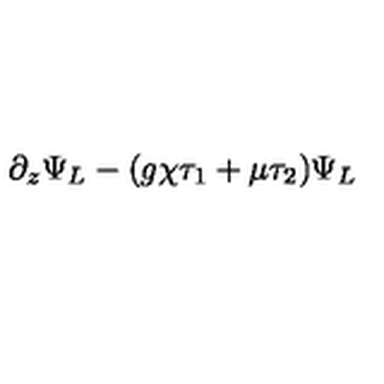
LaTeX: \partial _ { z } \Psi _ { L } - ( g \chi \tau _ { 1 } + \mu \tau _ { 2 } ) \Psi _ { L }